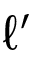
\ell ^ { \prime }